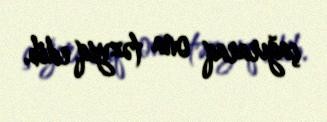
çağıraraq ona təzyiq edib.